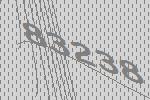
83238